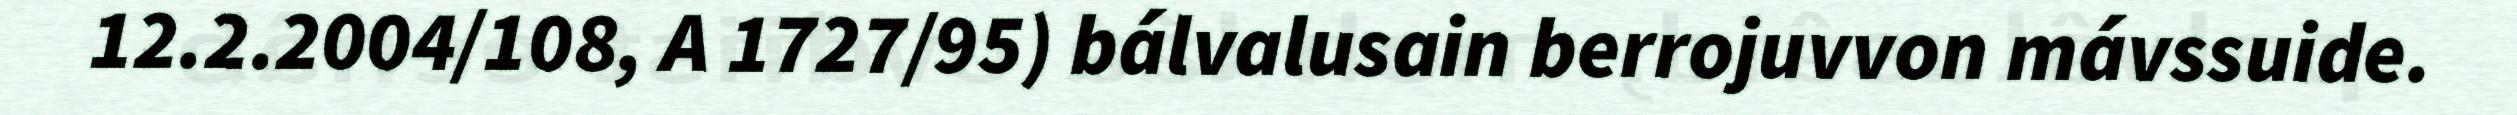
12.2.2004/108, A 1727/95) bálvalusain berrojuvvon mávssuide.